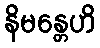
နိမန္တေဟိ